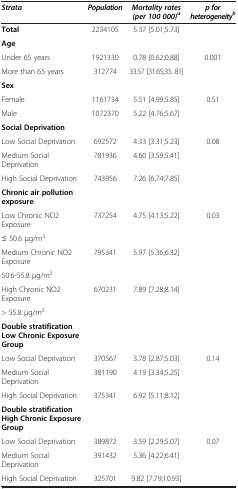
| Strata | Population | Mortality rates (per 100 000)a | p for heterogeneityb |
 | --- | --- | --- | --- |
 | Total | 2234105 | 5.37 [5.01;5.73] |  |
 | Age |  |  |  |
 | Under 65 years | 1921330 | 0.78 [0.62;0.88] | 0.001 |
 | More than 65 years | 312774 | 33.57 [31.65;35. 81] |  |
 | Sex |  |  |  |
 | Female | 1161734 | 5.51 [4.99;5.85] | 0.51 |
 | Male | 1072370 | 5.22 [4.76;5.67] |  |
 | Social Deprivation |  |  |  |
 | Low Social Deprivation | 692572 | 4.33 [3.31;5.23] | 0.08 |
 | Medium Social Deprivation | 781936 | 4.60 [3.59;5.41] |  |
 | High Social Deprivation | 743956 | 7.26 [6.74;7.85] |  |
 | Chronic air pollution exposure |  |  |  |
 | Low Chronic NO2 Exposure | <ROWSPAN=2> 737254 | <ROWSPAN=2> 4.75 [4.13;5.22] | <ROWSPAN=2> 0.03 |
 | ≤ 50.6 μg/m3 |
 | Medium Chronic NO2 Exposure | <ROWSPAN=2> 795341 | <ROWSPAN=2> 5.97 [5.36;6.32] | <ROWSPAN=2>  |
 | 50.6-55.8 μg/m3 |
 | High Chronic NO2 Exposure | <ROWSPAN=2> 670231 | <ROWSPAN=2> 7.89 [7.28;8.14] | <ROWSPAN=2>  |
 | > 55.8 μg/m3 |
 | Double stratification Low Chronic Exposure Group |  |  |  |
 | Low Social Deprivation | 370567 | 3.78 [2.87;5.03] | 0.14 |
 | Medium Social Deprivation | 381190 | 4.19 [3.34;5.25] |  |
 | High Social Deprivation | 375341 | 6.92 [5.11;8.12] |  |
 | Double stratification High Chronic Exposure Group |  |  |  |
 | Low Social Deprivation | 389872 | 3.59 [2.29;5.07] | 0.07 |
 | Medium Social Deprivation | 391432 | 5.36 [4.22;6.41] |  |
 | High Social Deprivation | 325701 | 9.82 [7.79;10.93] |  |